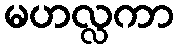
မဟလ္လကာ